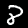
Label: 8